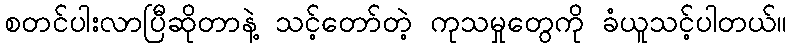
စတင်ပါးလာပြီဆိုတာနဲ့ သင့်တော်တဲ့ ကုသမှုတွေကို ခံယူသင့်ပါတယ်။